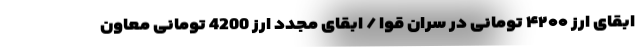
ابقای ارز ۴۲۰۰ تومانی در سران قوا / ابقای مجدد ارز 4200 تومانی معاون